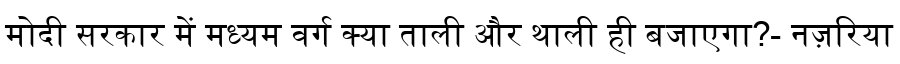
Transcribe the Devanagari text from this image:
मोदी सरकार में मध्यम वर्ग क्या ताली और थाली ही बजाएगा?- नज़रिया